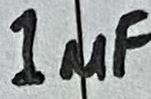
Text: 1µF